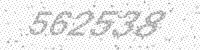
Solution: 562538